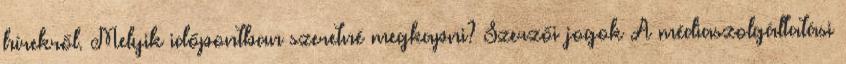
hírekről. Melyik időpontban szeretné megkapni? Szerzői jogok A médiaszolgáltatási